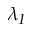
\lambda _ { I }